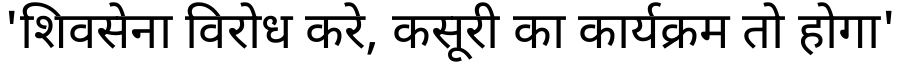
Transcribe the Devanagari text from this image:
'शिवसेना विरोध करे, कसूरी का कार्यक्रम तो होगा'